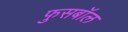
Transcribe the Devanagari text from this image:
फुसबॉल